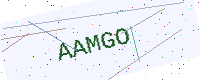
Text: AAMGO